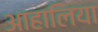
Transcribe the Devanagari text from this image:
आहालिया